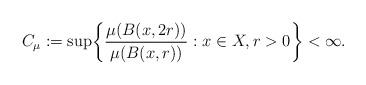
LaTeX: \begin{align*}C_{\mu}:=\sup\biggl\{ \frac{\mu(B(x,2r))}{\mu(B(x,r))}: x\in X, r> 0 \biggr\} <\infty.\end{align*}